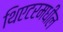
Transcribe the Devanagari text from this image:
थिएटरमधील